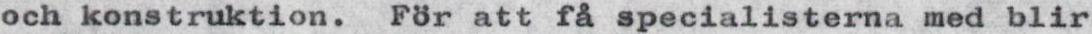
och konstruktion. För att få specialisterna med blir